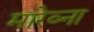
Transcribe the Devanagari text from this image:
मारेव्ना